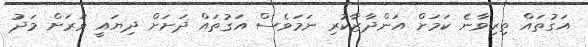
އަގުތައް ތިރިވާނެ ކަމަށް އަންދާޒާކުރި ނަމަވެސް އަގުތައް ދަށަށް ދިޔައީ ވަރަށް މަދު